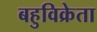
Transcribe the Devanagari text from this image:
बहुविक्रेता